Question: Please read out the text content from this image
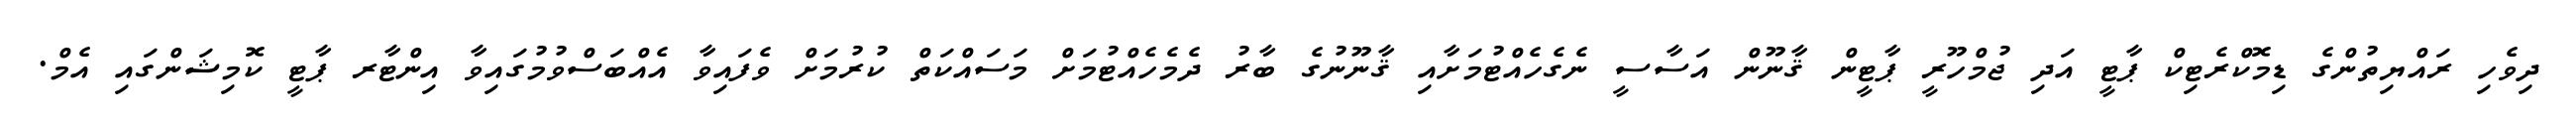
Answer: ދިވެހި ރައްޔިތުންގެ ޑިމޮކްރެޓިކް ޕާޓީ އަދި ޖުމްހޫރީ ޕާޓީން ޤާނޫން އަސާސީ ނެގެހެއްޓުމަށާއި ޤާނޫނުގެ ބާރު ދެމެހެއްޓުމަށް މަސައްކަތް ކުރުމަށް ވެފައިވާ އެއްބަސްވުމުގައިވާ އިންޓާރ ޕާޓީ ކޮމިޝަންގައި އެމް.